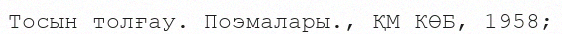
Тосын толғау. Поэмалары., ҚМ КӨБ, 1958;